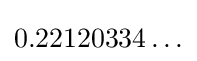
0.22120334\ldots